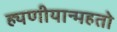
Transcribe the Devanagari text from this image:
ह्यणीयान्महतो